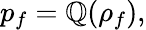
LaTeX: p_{f}=\mathbb{Q}(\rho_{f}),